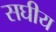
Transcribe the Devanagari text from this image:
सघीय